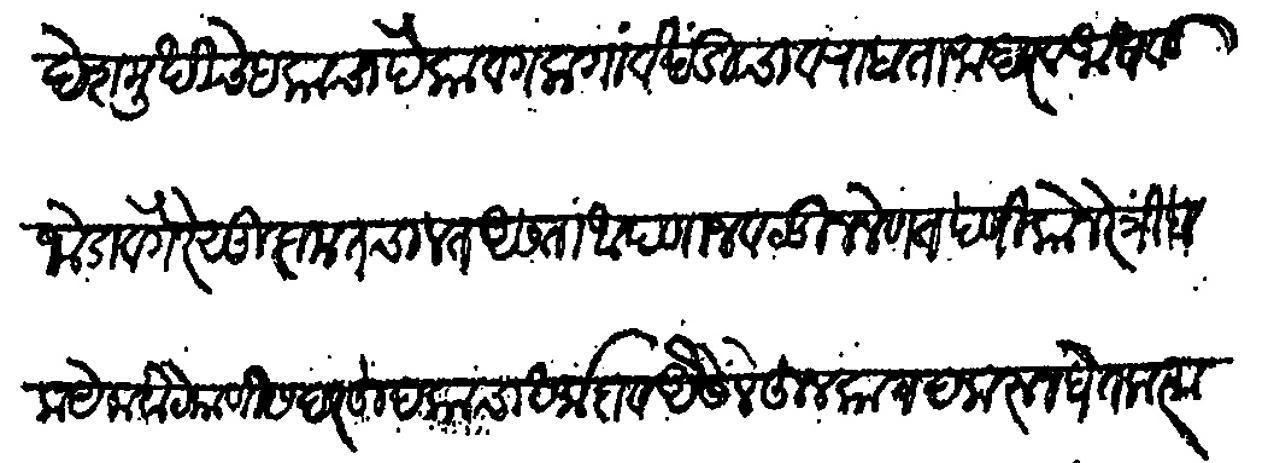
Transliteration (Devanagari): देसमुखीचे हकाचा पैका व गला गावखंडीचा व राबता माहार व आधवड जोडा वगैरे सुदामत चालत असता आपणा जवळून नेणतपणी कोनेरे त्रिंबक येकबोटे याणी सदरहू हकाचा धर्मादाव असे लेहून कागद करून घेतला